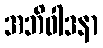
အဘိဝါဒနာ